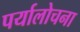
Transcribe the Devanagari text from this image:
पर्यालोचना